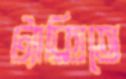
ট্যাক্সিতে